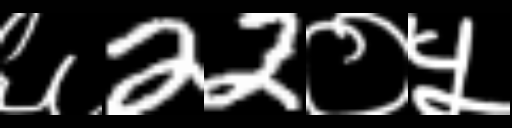
Text: ६22०५